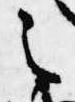
之